Document type: Grant
Year: 1301
Scribe: Berenguer de Terrassa
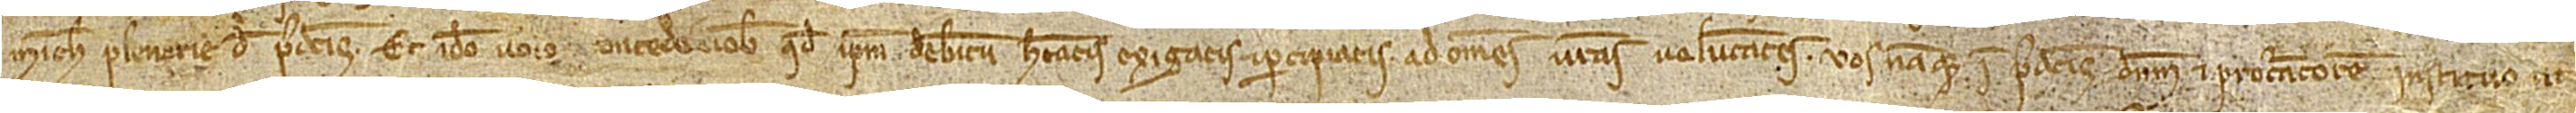
michi plenarie de predictis. Et ideo [dono et] concedo vobis quod ipsum debitum habeatis, exigatis et percipiatis ad omnes vestras voluntates; vos namque in predictis dominum et procuratorem instituo ut